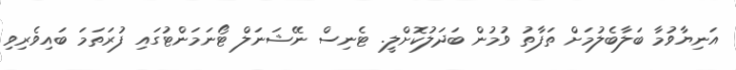
އަނިޔާވުމާ ބަލާބެލުމަށް ތަފާތު ވުމުން ބަދަލުކޮށްލީ. ޓެނިސް ނޭޝަނަލް ޓޯނަމަންޓުގައި ފުރަތަމަ ބައިވެރިވި